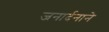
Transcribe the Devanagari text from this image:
जनार्दनाने